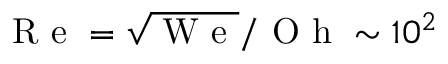
\mathrm { ~ R ~ e ~ } = \sqrt { \mathrm { ~ W ~ e ~ } } / \mathrm { ~ O ~ h ~ } \sim 1 0 ^ { 2 }